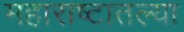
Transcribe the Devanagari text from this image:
महाराष्टातल्या